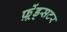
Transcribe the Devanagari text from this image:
फ़्रेंड्सटर